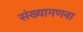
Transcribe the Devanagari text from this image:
संख्यागणना